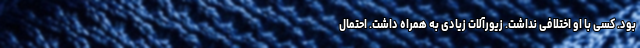
بود. کسی با او اختلافی نداشت. زیورآلات زیادی به همراه داشت. احتمال